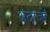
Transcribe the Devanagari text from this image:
अंदाजों